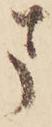
ま